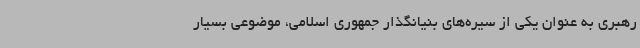
رهبری به عنوان یکی از سیره‌های بنیانگذار جمهوری اسلامی، موضوعی بسیار